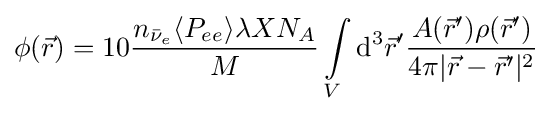
\phi ({\vec {r}})=10{\frac {n_{{\bar {\nu }}_{e}}\langle P_{ee}\rangle \lambda XN_{A}}{M}}\int \limits _{V}\mathrm {d} ^{3}{\vec {r}}'{\frac {A({\vec {r}}')\rho ({\vec {r}}')}{4\pi |{\vec {r}}-{\vec {r}}'|^{2}}}